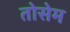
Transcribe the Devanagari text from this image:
तोसेम